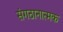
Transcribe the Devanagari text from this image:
संगठानात्मक